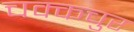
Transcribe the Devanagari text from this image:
चक्कचुर